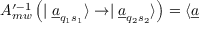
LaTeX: A _ { m w } ^ { \prime - 1 } \left( \mid \underline { { { a } } } _ { q _ { 1 } s _ { 1 } } \rangle \rightarrow \mid \underline { { { a } } } _ { q _ { 2 } s _ { 2 } } \rangle \right) = \langle \underline { { { a } } }